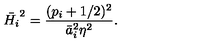
\bar { H _ { i } } ^ { 2 } = \frac { ( p _ { i } + 1 / 2 ) ^ { 2 } } { \bar { a } _ { i } ^ { 2 } \eta ^ { 2 } } .